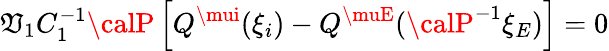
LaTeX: \mathfrak{V}_{1}C_{1}^{-1}{\calP}\left[Q^{\mui}(\xi_{i})-Q^{\muE}({\calP}^{-1}\xi_{E})\right]=0